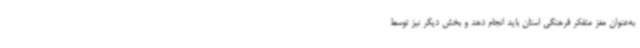
به‌عنوان مغز متفکر فرهنگی استان باید انجام دهد و بخش دیگر نیز توسط